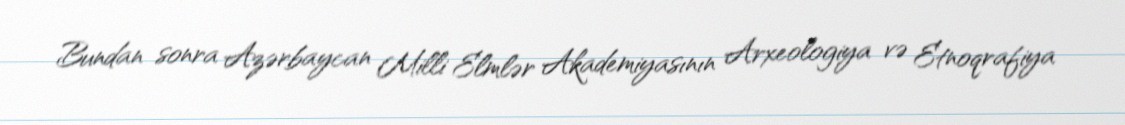
Bundan sonra Azərbaycan Milli Elmlər Akademiyasının Arxeologiya və Etnoqrafiya